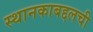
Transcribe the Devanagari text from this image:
स्थानकाबद्दलची